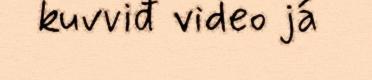
kuvviđ video já